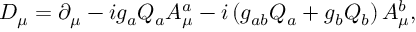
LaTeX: D _ { \mu } = \partial _ { \mu } - i g _ { a } Q _ { a } A _ { \mu } ^ { a } - i \left( g _ { a b } Q _ { a } + g _ { b } Q _ { b } \right) A _ { \mu } ^ { b } ,